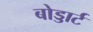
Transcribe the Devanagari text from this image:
बोड्डार्ट